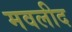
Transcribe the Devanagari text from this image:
मवलीद